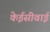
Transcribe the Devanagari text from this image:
केईसीवाई